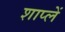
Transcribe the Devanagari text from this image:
शाप्लें